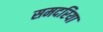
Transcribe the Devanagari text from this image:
समदरिया